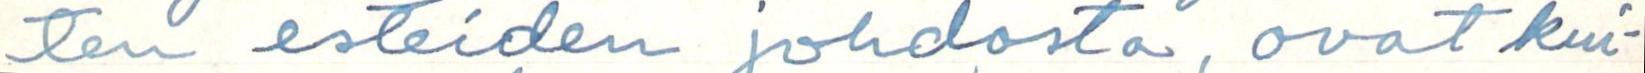
ten esteiden johdosta, ovat kui-